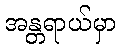
အန္တရာယ်မှာ